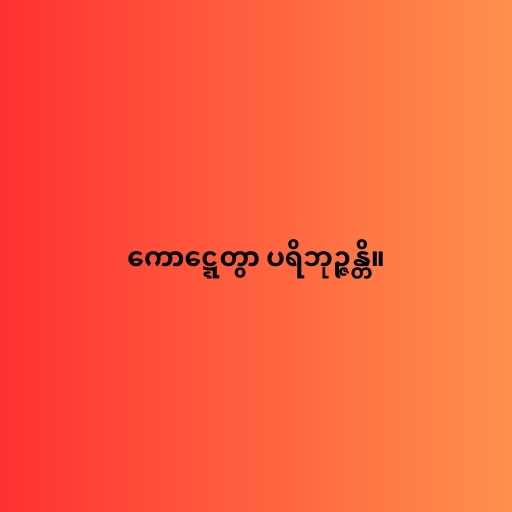
ကောဋ္ဋေတွာ ပရိဘုဉ္ဇန္တိ။